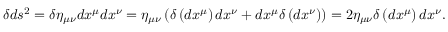
\delta d s ^ { 2 } = \delta \eta _ { \mu \nu } d x ^ { \mu } d x ^ { \nu } = \eta _ { \mu \nu } \left( \delta \left( d x ^ { \mu } \right) d x ^ { \nu } + d x ^ { \mu } \delta \left( d x ^ { \nu } \right) \right) = 2 \eta _ { \mu \nu } \delta \left( d x ^ { \mu } \right) d x ^ { \nu } .